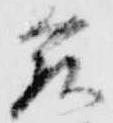
藤